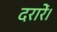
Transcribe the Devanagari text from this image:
दरारें।